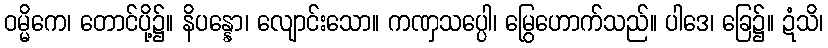
ဝမ္မိကေ၊ တောင်ပို့၌။ နိပန္နော၊ လျောင်းသော။ ကဏှသပ္ပေါ၊ မြွေဟောက်သည်။ ပါဒေ၊ ခြေ၌။ ဍံသိ၊